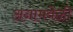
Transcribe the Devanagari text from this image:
अनामवेळी